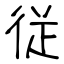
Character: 従